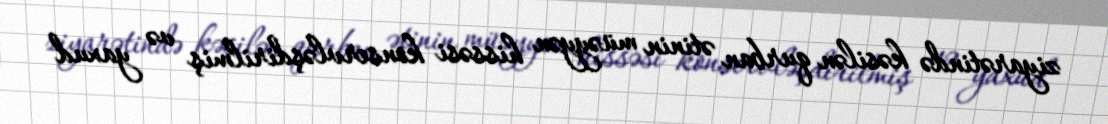
ziyarətində kəsilən qurban ətinin müəyyən hissəsi konservləşdirilmiş və yaxud